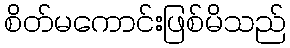
စိတ်မကောင်းဖြစ်မိသည်